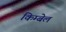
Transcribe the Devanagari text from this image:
किम्बेल